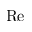
\mathrm { R e }